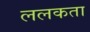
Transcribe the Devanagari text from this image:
ललकता